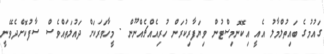
ގައުމުގެ ބައިތުލްމާލު އެއީ އިކޮނޮމިސްޓުން ވިޔަފާރިކުރަން ހުރިއެއްޗެއްނޫން . މީހާވަރަކަށް ދައުލަތައްވެސް ސާފުކޮށްދެވޭނީ